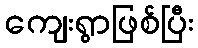
ကျေးရွာဖြစ်ပြီး